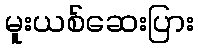
မူးယစ်ဆေးပြား